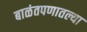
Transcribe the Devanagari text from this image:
बाळंतपणातल्या